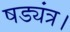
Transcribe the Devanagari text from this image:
षड्यंत्र।